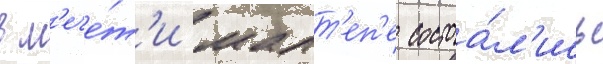
в м'ече́т'и малт'еп'е состоа́л'ись